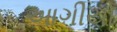
આગીયો